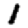
Digit: 1